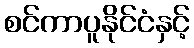
စင်ကာပူနိုင်ငံနှင့်